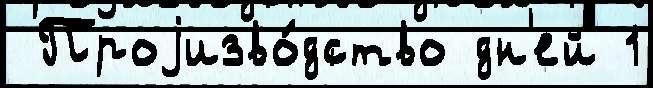
 Проjизво́дство дн'ей 1